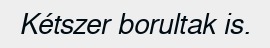
Kétszer borultak is.